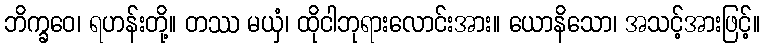
ဘိက္ခဝေ၊ ရဟန်းတို့။ တဿ မယှံ၊ ထိုငါဘုရားလောင်းအား။ ယောနိသော၊ အသင့်အားဖြင့်။